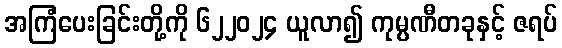
အကြံပေးခြင်းတို့ကို ၆၂၂၀၂၄ ယူလာ၍ ကုမ္ပဏီတခုနှင့် ဇရပ်